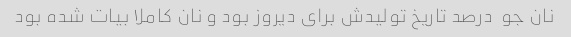
نان جو  درصد تاریخ تولیدش برای دیروز بود و نان کاملا بیات شده بود